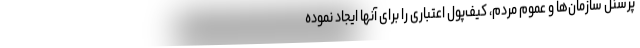
پرسنل سازمان‌ها و عموم مردم، کیف‌پول اعتباری را برای آنها ایجاد نموده